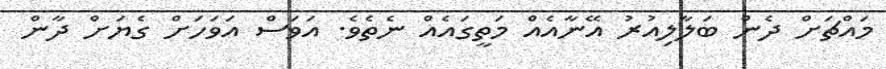
މައްޗަށް ދެން ބަލާލިއުރު އޭނާއެއް މަތީގައެއް ނެތެވެ. އަވަސް އަވަހަށް ގެޔަށް ދާން